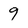
Character: 9